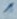
Text: 1